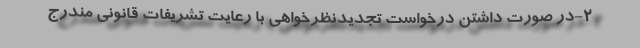
۲-در صورت داشتن درخواست تجدیدنظرخواهی با رعایت تشریفات قانونی مندرج